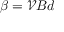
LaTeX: \beta = { \mathcal { V } } B d